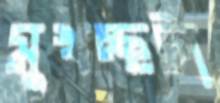
মুখচ্ছটা